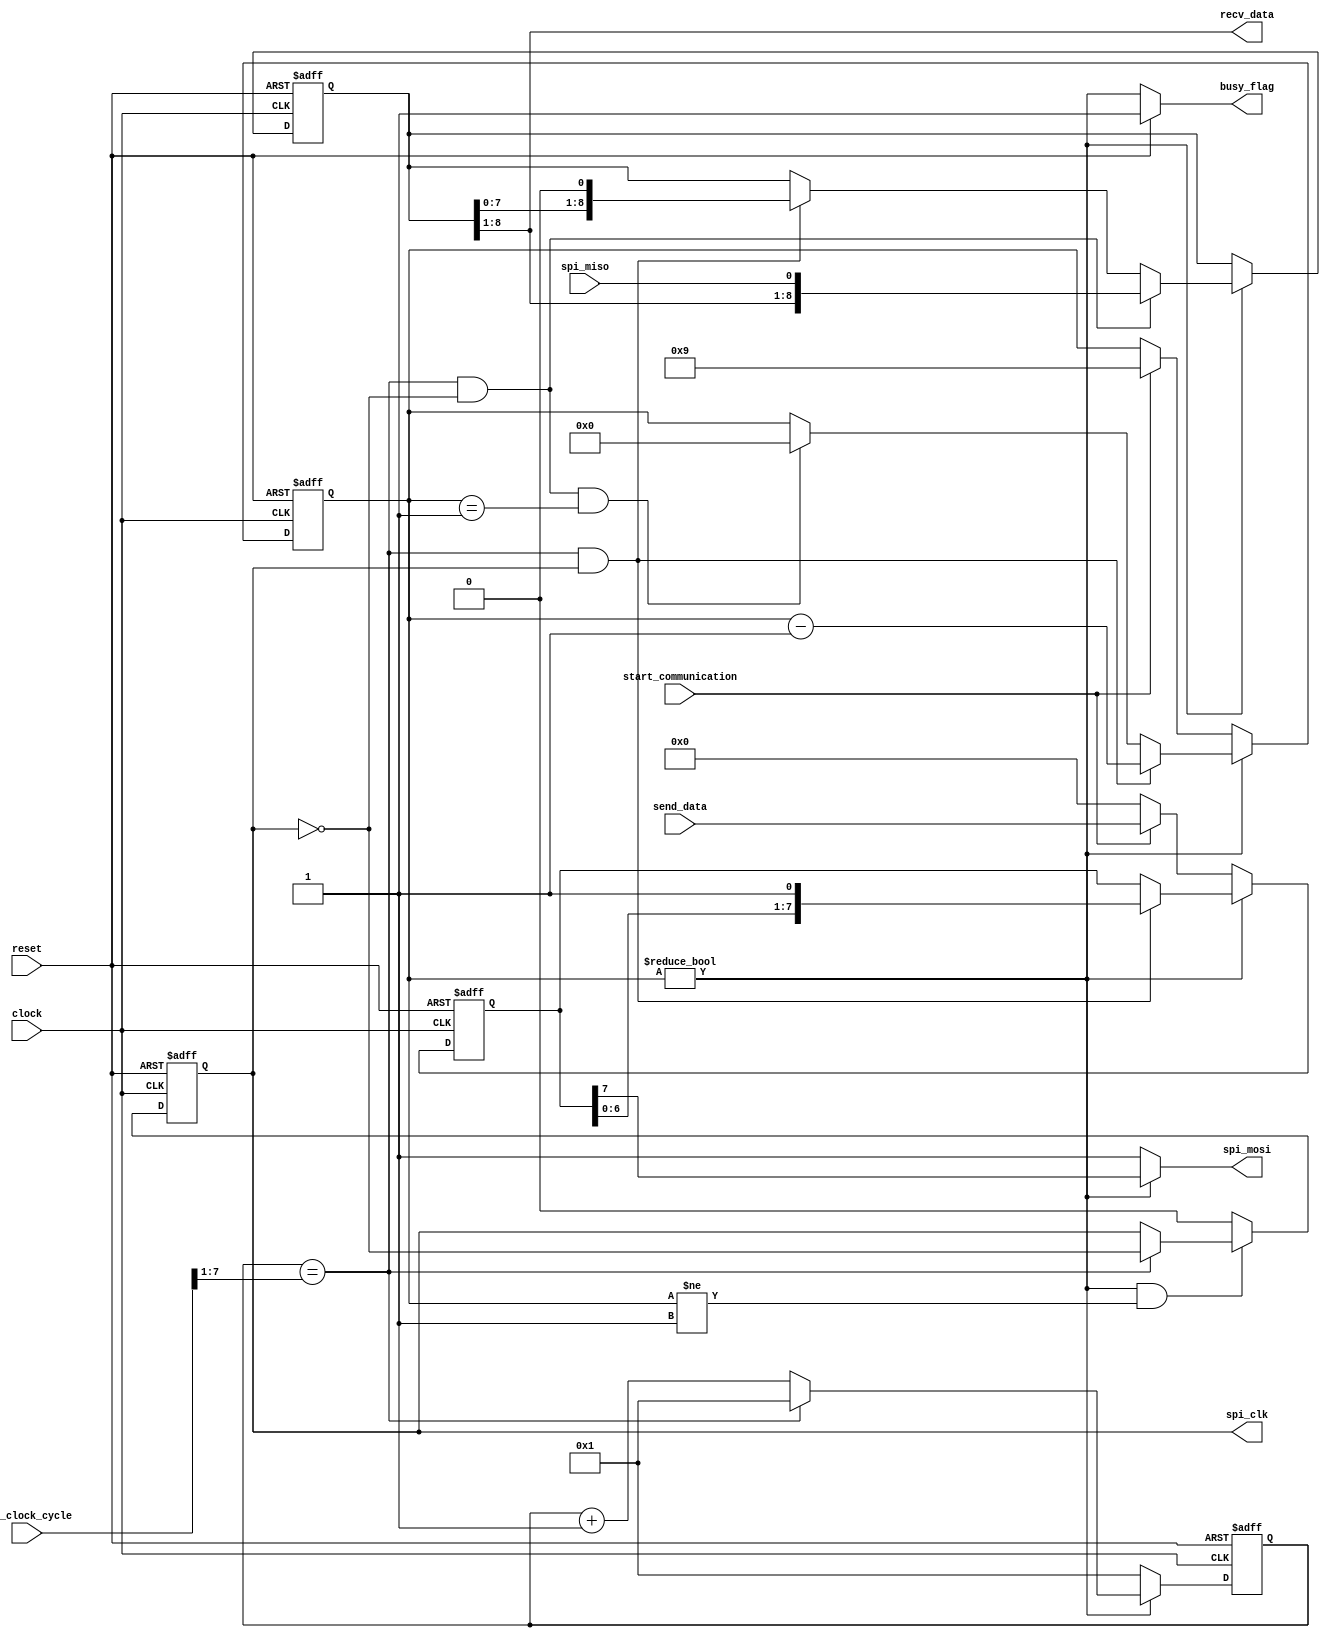
module KFMMC_SPI (
	clock,
	reset,
	send_data,
	recv_data,
	start_communication,
	busy_flag,
	spi_clock_cycle,
	spi_clk,
	spi_mosi,
	spi_miso
);
	input wire clock;
	input wire reset;
	input wire [7:0] send_data;
	output wire [7:0] recv_data;
	input wire start_communication;
	output wire busy_flag;
	input wire [7:0] spi_clock_cycle;
	output reg spi_clk;
	output reg spi_mosi;
	input wire spi_miso;
	reg [7:0] clk_cycle_counter;
	wire edge_spi_clk;
	wire sample_edge;
	wire shift_edge;
	reg [7:0] txd_register;
	reg [8:0] rxd_register;
	reg [3:0] bit_count;
	wire access_flag;
	always @(posedge clock or posedge reset)
		if (reset)
			clk_cycle_counter <= 8'd1;
		else if (access_flag) begin
			if (edge_spi_clk)
				clk_cycle_counter <= 8'd1;
			else
				clk_cycle_counter <= clk_cycle_counter + 1'd1;
		end
		else
			clk_cycle_counter <= 8'd1;
	always @(posedge clock or posedge reset)
		if (reset)
			spi_clk <= 1'b0;
		else if (access_flag && (bit_count != 4'd1)) begin
			if (edge_spi_clk)
				spi_clk <= ~spi_clk;
			else
				spi_clk <= spi_clk;
		end
		else
			spi_clk <= 1'b0;
	assign edge_spi_clk = clk_cycle_counter == {1'b0, spi_clock_cycle[7:1]};
	assign sample_edge = edge_spi_clk & (spi_clk == 1'b0);
	assign shift_edge = edge_spi_clk & (spi_clk == 1'b1);
	always @(posedge clock or posedge reset)
		if (reset)
			txd_register <= 8'h00;
		else if (access_flag) begin
			if (shift_edge)
				txd_register <= {txd_register[6:0], 1'b1};
			else
				txd_register <= txd_register;
		end
		else if (start_communication)
			txd_register <= send_data;
		else
			txd_register <= 8'h00;
	always @(*)
		if (access_flag)
			spi_mosi = txd_register[7];
		else
			spi_mosi = 1'b1;
	always @(posedge clock or posedge reset)
		if (reset)
			rxd_register <= 9'h000;
		else if (access_flag) begin
			if (sample_edge)
				rxd_register <= {rxd_register[8:1], spi_miso};
			else if (shift_edge)
				rxd_register <= {rxd_register[7:0], 1'b0};
			else
				rxd_register <= rxd_register;
		end
		else
			rxd_register <= rxd_register;
	assign recv_data = rxd_register[8:1];
	always @(posedge clock or posedge reset)
		if (reset)
			bit_count <= 4'd0;
		else if (access_flag) begin
			if (shift_edge)
				bit_count <= bit_count - 4'd1;
			else if (sample_edge && (bit_count == 4'd1))
				bit_count <= 4'd0;
			else
				bit_count <= bit_count;
		end
		else if (start_communication)
			bit_count <= 4'd9;
	assign access_flag = bit_count != 4'd0;
	assign busy_flag = (reset ? 1'b1 : access_flag);
endmodule